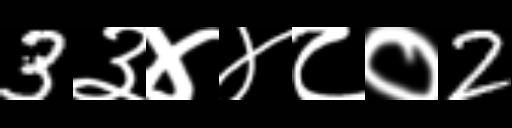
Text: 3३४४८०2